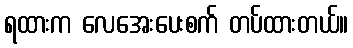
ရထားက လေအေးပေးစက် တပ်ထားတယ်။